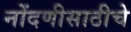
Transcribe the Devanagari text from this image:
नोंदणीसाठीचे